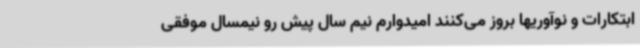
ابتکارات و نوآوریها بروز می‌کنند امیدوارم نیم سال پیش رو نیمسال موفقی